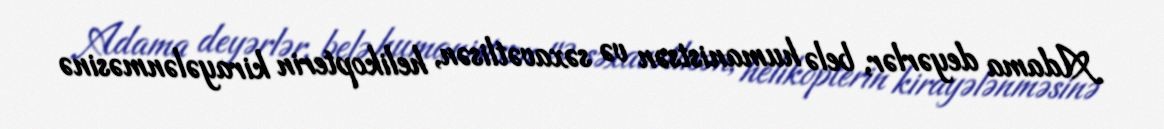
Adama deyərlər, belə humanistsən və səxavətlisən, helikopterin kirayələnməsinə